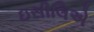
ઇસીલિએ